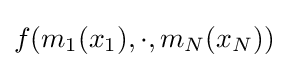
f(m_{1}(x_{1}),\cdot ,m_{N}(x_{N}))